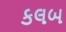
કલબ